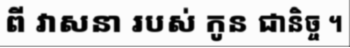
ពី វាសនា របស់ កូន ជានិច្ច ។